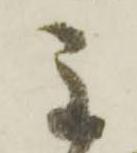
主